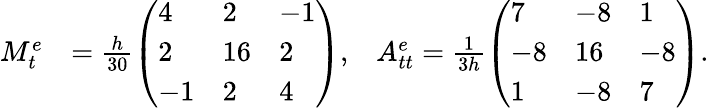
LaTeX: \begin{array}{rlr}{M_{t}^{e}}&{=\frac{h}{30}\left(\begin{array}{lll}{4}&{2}&{-1}\\ {2}&{16}&{2}\\ {-1}&{2}&{4}\end{array}\right),}&{A_{tt}^{e}=\frac{1}{3h}\left(\begin{array}{lll}{7}&{-8}&{1}\\ {-8}&{16}&{-8}\\ {1}&{-8}&{7}\end{array}\right).}\end{array}